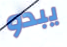
يبدو